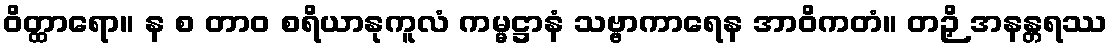
ဝိတ္ထာရော။ န စ တာဝ စရိယာနုကူလံ ကမ္မဋ္ဌာနံ သဗ္ဗာကာရေန အာဝိကတံ။ တဉှိ အနန္တရဿ